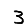
Digit: 3